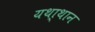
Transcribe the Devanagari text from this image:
यथा्थान